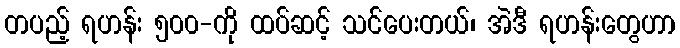
တပည့် ရဟန်း ၅၀၀-ကို ထပ်ဆင့် သင်ပေးတယ်၊ အဲဒီ ရဟန်းတွေဟာ